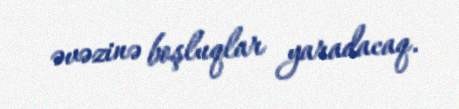
əvəzinə boşluqlar yaradacaq.